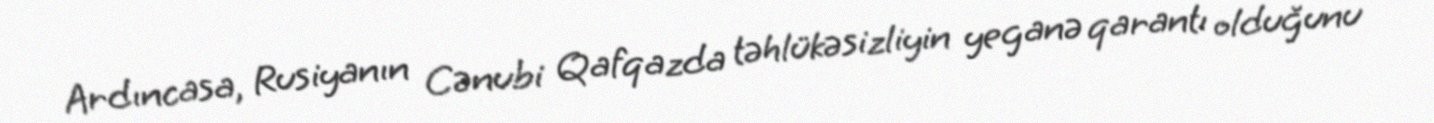
Ardıncasa, Rusiyanın Cənubi Qafqazda təhlükəsizliyin yeganə qarantı olduğunu